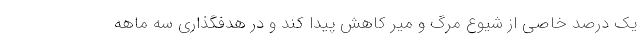
یک درصد خاصی از شیوع مرگ و میر کاهش پیدا کند و در هدفگذاری سه ماهه